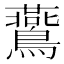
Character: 鷰